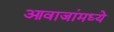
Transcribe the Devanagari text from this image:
आवाजांमध्ये